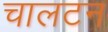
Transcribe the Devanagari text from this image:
चालटन